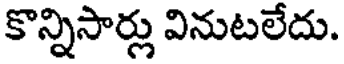
కొన్నిసార్లు వినుటలేదు.